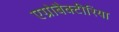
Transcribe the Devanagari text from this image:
एग्रोबैक्टीरिया